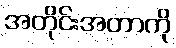
အတိုင်းအတာကို